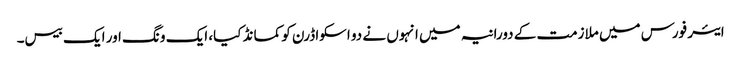
ایئر فورس میں ملازمت کے دورانیہ میں انہوں نے دو اسکواڈرن کو کمانڈ کیا، ایک ونگ اور ایک بیس۔